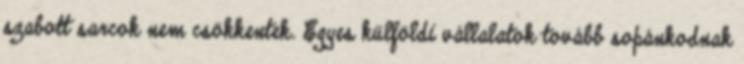
szabott sarcok nem csökkentek. Egyes külföldi vállalatok tovább sopánkodnak